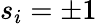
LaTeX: s_{i}=\pm 1